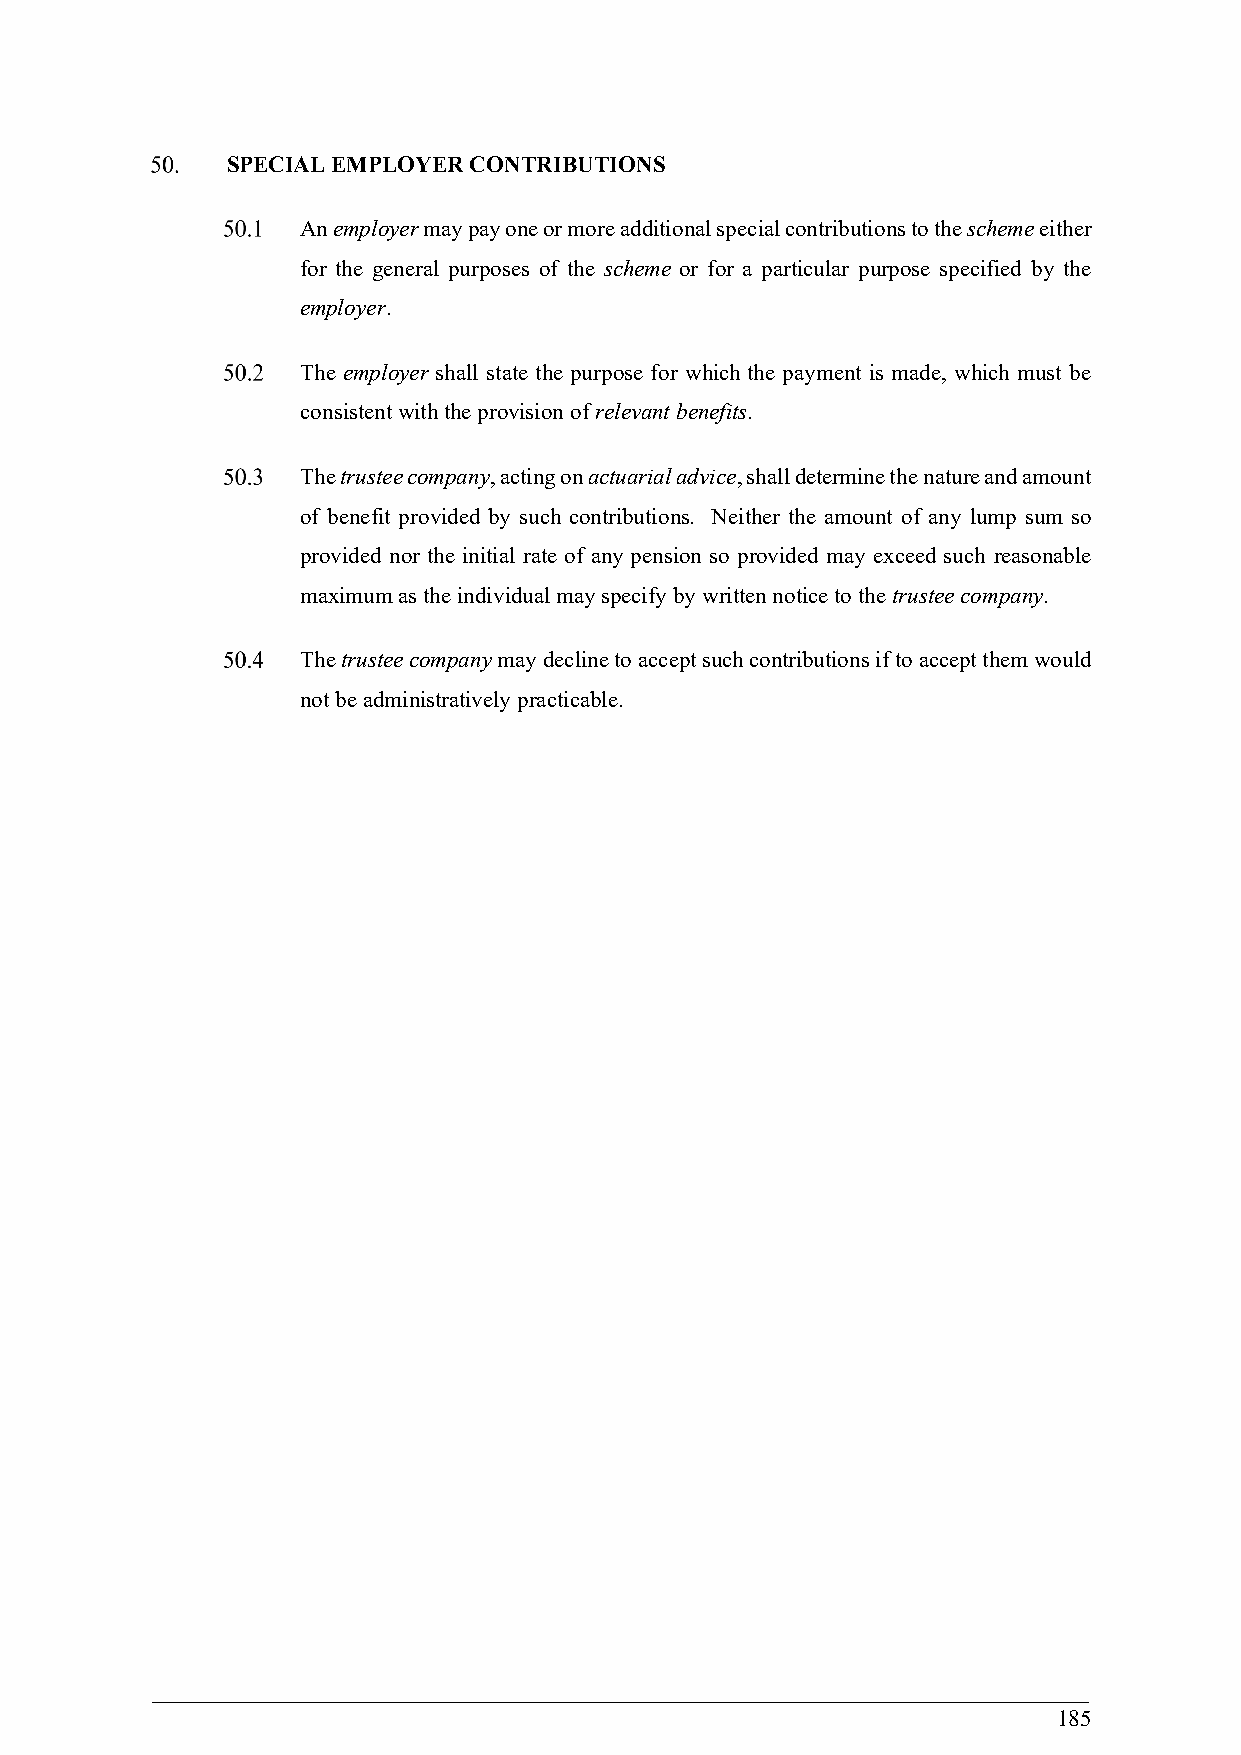
SPECIAL EMPLOYER CONTRIBUTIONS
 An employer may pay one or more additional special contributions to the scheme either
 for the general purposes of the scheme or for a particular purpose specified by the
 employer.
 The employer shall state the purpose for which the payment is made, which must be
 consistent with the provision of relevant benefits.
 The trustee company, acting on actuarial advice, shall determine the nature and amount
 of benefit provided by such contributions. Neither the amount of any lump sum so
 provided nor the initial rate of any pension so provided may exceed such reasonable
 maximum as the individual may specify by written notice to the trustee company.
 The trustee company may decline to accept such contributions if to accept them would
 not be administratively practicable.
 185